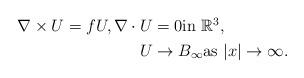
LaTeX: \begin{align*}\begin{aligned}\nabla \times U=fU,\nabla \cdot U&=0\textrm{in}\ \mathbb{R}^{3}, \\U&\to B_{\infty}\textrm{as}\ |x|\to\infty.\end{aligned}\end{align*}